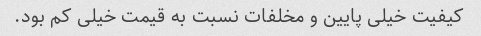
کیفیت خیلی پایین و مخلفات نسبت به قیمت خیلی کم بود.